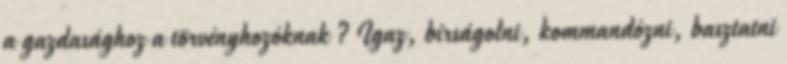
a gazdasághoz a törvényhozóknak ? Igaz, bírságolni, kommandózni, basztatni